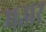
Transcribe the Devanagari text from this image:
मअर